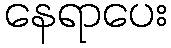
နေရာပေး